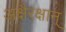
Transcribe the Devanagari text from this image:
अक्षैरक्षान्